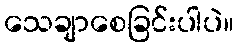
သေချာစေခြင်းပါပဲ။